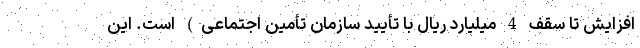
افزایش تا سقف 4 میلیارد ریال با تأیید سازمان تأمین اجتماعی) است. این